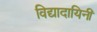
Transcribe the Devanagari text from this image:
विद्यादायिनी